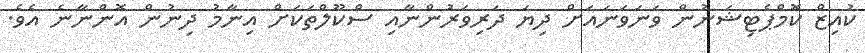
ކުއިޒް ކޮމްޕެޓިޝަނުން ވަނަވަނައަށް ދިޔަ ދަރިވަރުންނާއި ސްކޫލްތަކަށް އިނާމު ދިނުން އޮންނާނެ އެވެ.